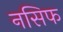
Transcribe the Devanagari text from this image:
नसिफ